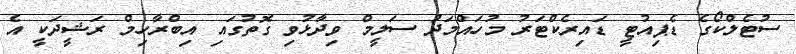
ސުޓެލްކޯގެ ޑެޕިއުޓީ ޑައިރެކްޓަރު މުހައްމަދު ސަލީމް ވިދާޅުވި ގޮތުގައި އިބްރާހިމް ރަޝީދަކީ އެ